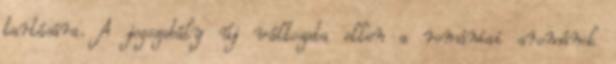
tartására. A jogszabály új változata ellen a romániai arománok